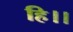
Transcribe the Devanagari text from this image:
हि।।